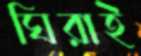
ঘিরাই